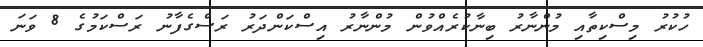
ހުކުރު މިސްކިތާއި މުންނާރު ބިނާކުރެއްވުން މުންނާރު އިސްކަންދަރު ރަސްގެފާނު ރަސްކަމުގެ 8 ވަނަ